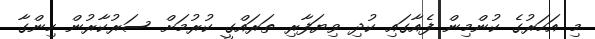
މި އަހަރުގެ ކުންމިން ފެއާގައި ކުދި ވިޔަފާރި ތަރައްގީ ކުރުމަށް ސަރުކާރުން ހިންގާ